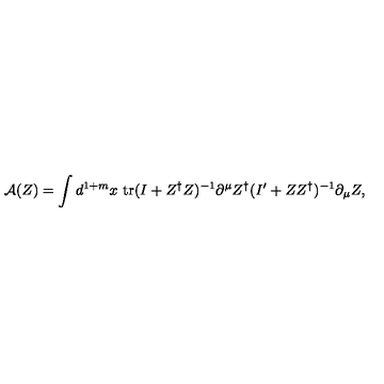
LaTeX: \mathrm { \cal { A } } ( Z ) = \int d ^ { 1 + m } x \ \mathrm { t r } ( I + Z ^ { \dag } Z ) ^ { - 1 } \partial ^ { \mu } Z ^ { \dag } ( I ^ { \prime } + Z Z ^ { \dag } ) ^ { - 1 } \partial _ { \mu } Z ,